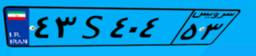
۸۰S۷۲۱۴۸